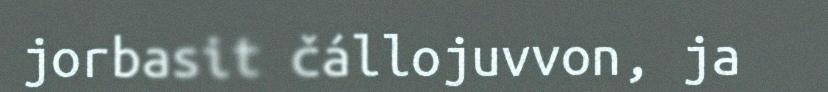
jorbasit čállojuvvon, ja